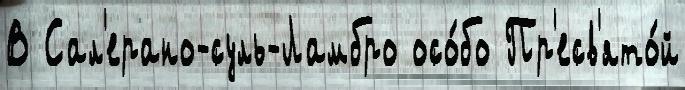
В Сал'ерано-суль-Ламбро осо́бо Пр'есв'ято́й